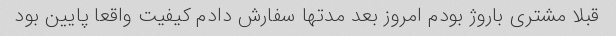
قبلا مشتری باروژ بودم امروز بعد مدتها سفارش دادم کیفیت واقعا پایین بود